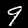
Digit: 9